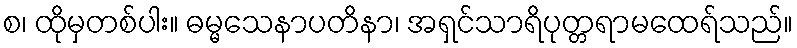
စ၊ ထိုမှတစ်ပါး။ ဓမ္မသေနာပတိနာ၊ အရှင်သာရိပုတ္တရာမထေရ်သည်။